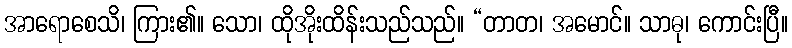
အာရောစေသိ၊ ကြား၏။ သော၊ ထိုအိုးထိန်းသည်သည်။ “တာတ၊ အမောင်။ သာဓု၊ ကောင်းပြီ။